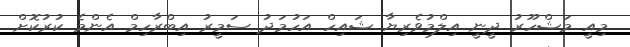
މިއީ މަޝްހޫރު ދީނީ އިލްމުވެރިޔާ ޝައިހް އަހުމަދު ސަމީރު އިބްރާހިމް އެންމެ ކުރުކޮށް